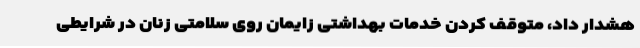
هشدار داد، متوقف کردن خدمات بهداشتی زایمان روی سلامتی زنان در شرایطی